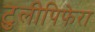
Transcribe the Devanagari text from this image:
टुलीपिफेरा